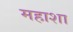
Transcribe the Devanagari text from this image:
महाशा